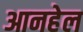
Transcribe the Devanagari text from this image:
आनहेल